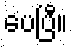
ပေပြီ။